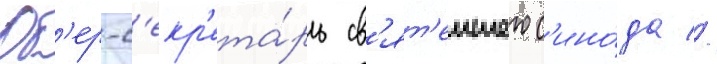
Об'ер-с'екр'ета́рь св'ят'еишего с'ино́да //